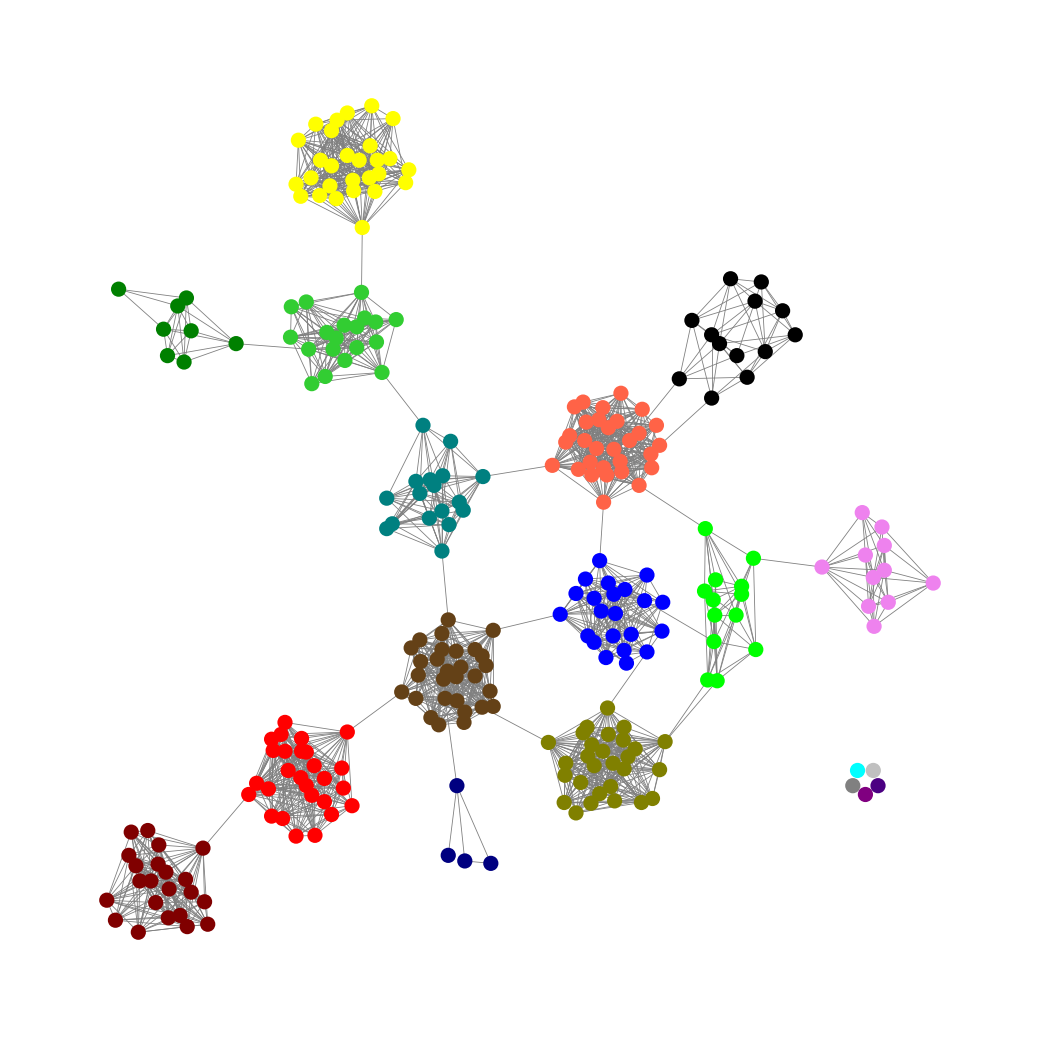
Graph connected: No
Number of connected components: 6
Number of singletons: 5
Total number of nodes: 276
Total number of edges: 2118
Number of communities: 19
Community sizes:
Aqua: 1
Black: 13
Blue: 22
Gray: 1
Green: 8
Indigo: 1
Lime: 13
Lime Green: 19
Maroon: 22
Navy: 4
Olive: 28
Pullman Brown: 29
Purple: 1
Red: 27
Silver: 1
Teal: 17
Tomato: 30
Violet: 11
Yellow: 28
Graph layout: tda
Graph generation method: erdos_renyi